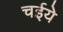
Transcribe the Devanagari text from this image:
चईये